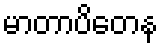
မာတာပိတေန